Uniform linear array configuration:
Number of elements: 12
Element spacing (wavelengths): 0.5
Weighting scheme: kaiser
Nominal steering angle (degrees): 15
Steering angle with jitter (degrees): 13.859
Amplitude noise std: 0.05
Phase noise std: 0.05

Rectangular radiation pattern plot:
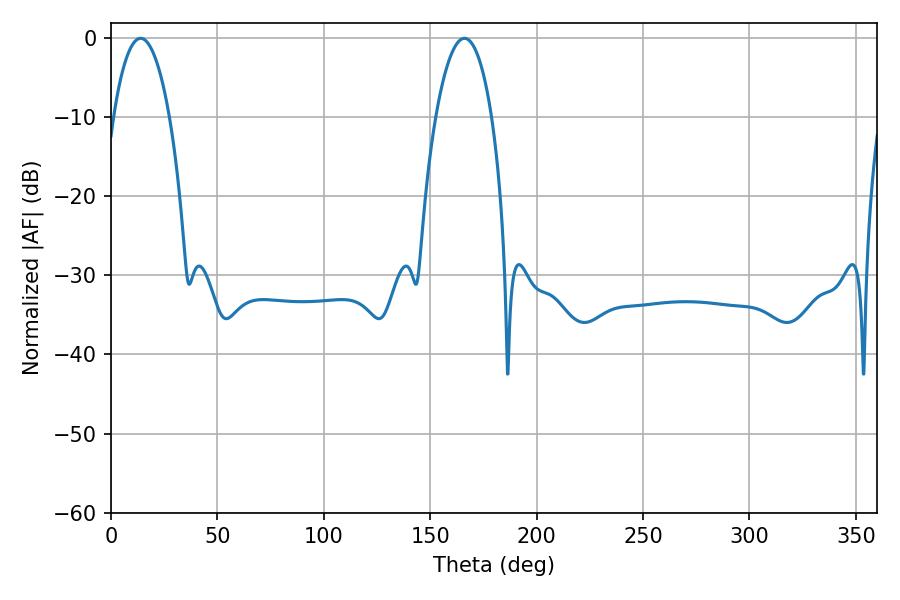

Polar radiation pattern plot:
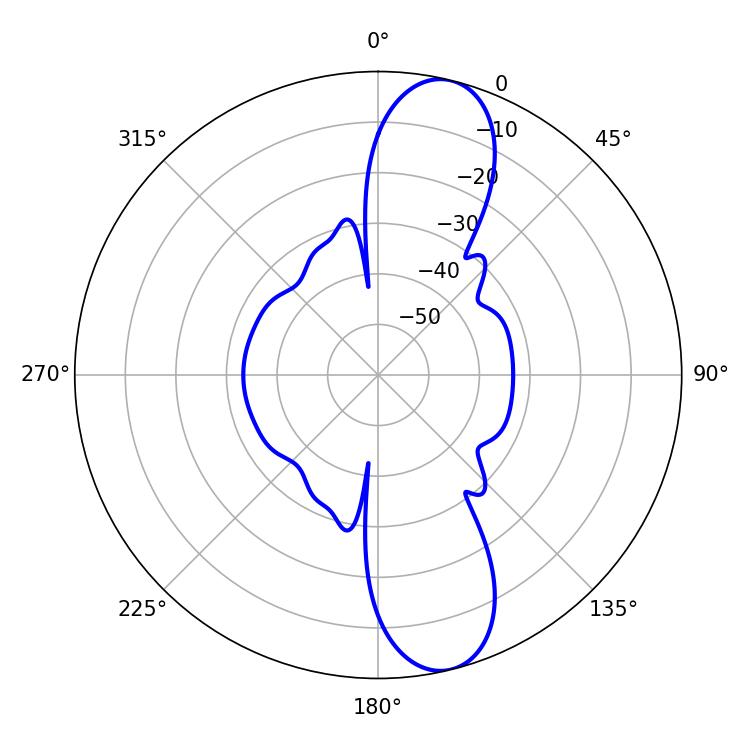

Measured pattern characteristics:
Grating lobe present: FALSE
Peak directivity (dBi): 11.797
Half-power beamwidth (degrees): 14.76
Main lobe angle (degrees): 166.14